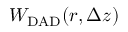
W _ { \mathrm { D A D } } ( r , \Delta z )